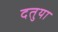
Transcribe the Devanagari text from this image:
दतुया